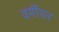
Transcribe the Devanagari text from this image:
वर्मीयर